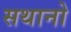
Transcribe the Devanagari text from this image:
सथानो